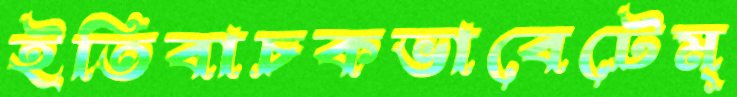
ইতিবাচকভাবেটেম্